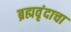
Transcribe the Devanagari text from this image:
ब्रह्मवृंदाचा